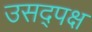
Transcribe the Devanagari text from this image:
उसद्पक्ष